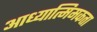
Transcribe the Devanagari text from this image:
आध्यात्मिमकता